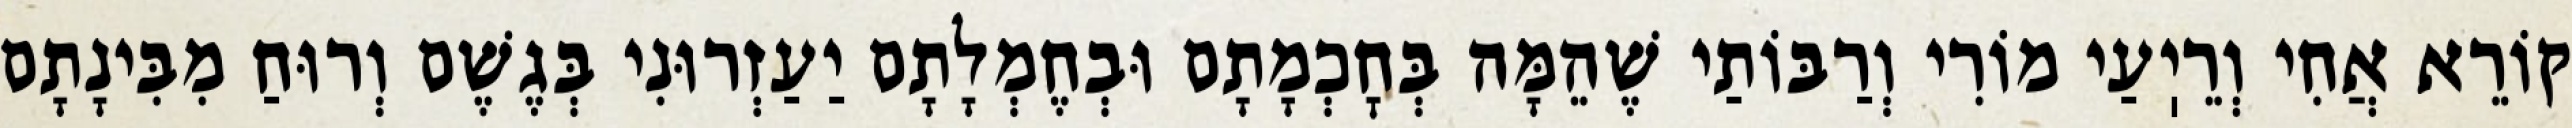
קוֹרֵא אֲחִי וְרֵיֽעַי מוֹרִי וְרַבּוֹתַי שֶׁהֵמָּה בְּחׇכְמָתָם וּבְחֶמְלָתָם יַעַזְרוּנִי בְּגֶשֶׁם וְרוּחַ מִבִּינָתָם